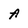
Character: A